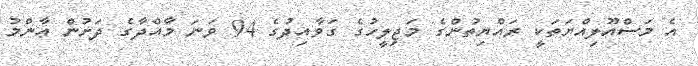
އެ މަސްއޫލިއްޔަތަކީ ރައްޔިތުންގެ މަޖިލީހުގެ ގަވާއިދުގެ 94 ވަނަ މާއްދާގެ ދަށުން ޢާންމު